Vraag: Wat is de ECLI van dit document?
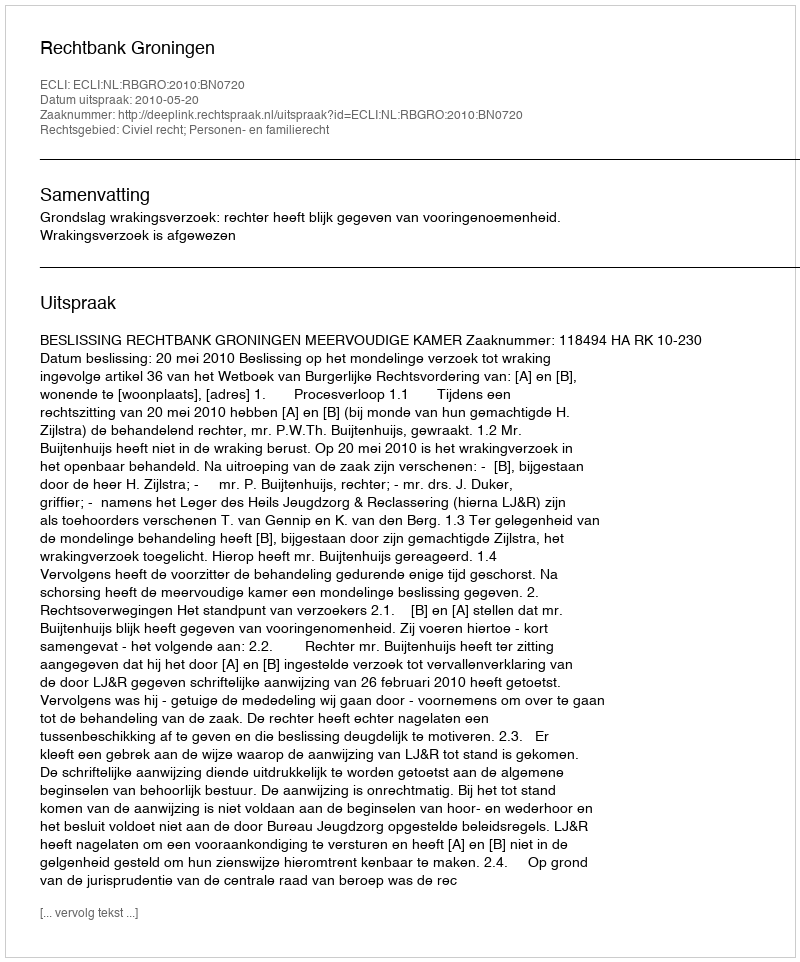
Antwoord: ECLI:NL:RBGRO:2010:BN0720